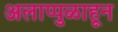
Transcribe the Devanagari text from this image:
अलाप्पुळाहून